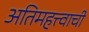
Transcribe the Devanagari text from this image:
अतिमहत्त्वाची